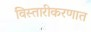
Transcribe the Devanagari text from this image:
विस्तारीकरणात